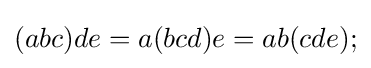
(abc)de=a(bcd)e=ab(cde);